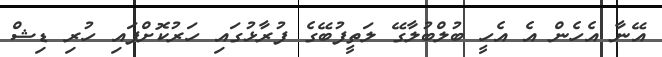
އޭނާ އެހެން އެ އެހީ ބުލްބުލާގޭ ލަތީފުބޭގެ ފުރާޅުގައި ހަރުކޮށްފައި ހުރި ޑިޝް